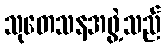
သုတေသနအဖွဲ့သည်